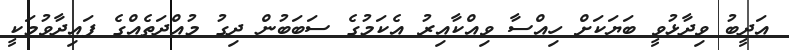
އަދީބު ވިދާޅުވީ ބަޔަކަށް ހިއްސާ ވިއްކާއިރު އެކަމުގެ ސަބަބުން ދިގު މުއްދަތެއްގެ ފައިދާވުމަކީ